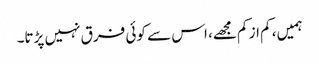
ہمیں، کم از کم مجھے، اس سے کوئی فرق نہیں پڑتا۔